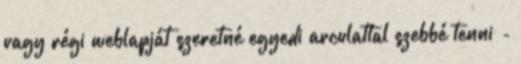
vagy régi weblapját szeretné egyedi arculattal szebbé tenni -